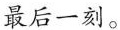
最后一刻。